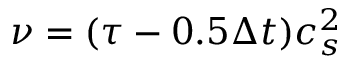
\nu = ( \tau - 0 . 5 \Delta t ) c _ { s } ^ { 2 }